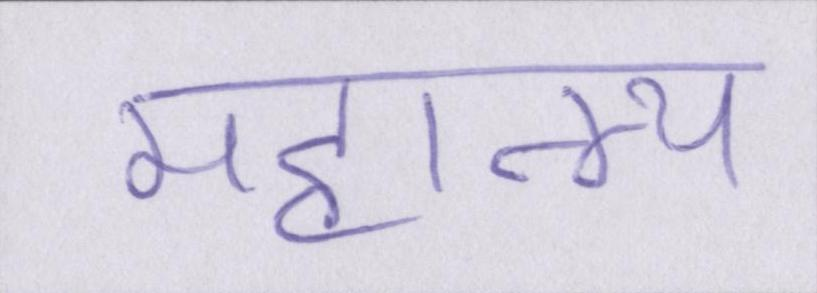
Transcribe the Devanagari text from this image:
महात्म्य